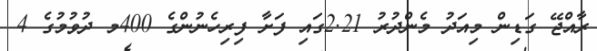
ރާއްޖޭ ގަޑިން މިއަދު މެންދުރު 2.21ގައި ފަށާ ފިރިހެނުންގެ 400މ ދުވުމުގެ 4